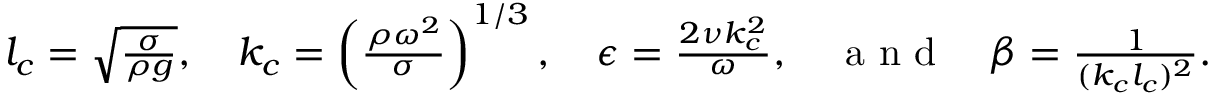
\begin{array} { r } { l _ { c } = \sqrt { \frac { \sigma } { \rho g } } , \quad k _ { c } = \left( \frac { \rho \omega ^ { 2 } } { \sigma } \right) ^ { 1 / 3 } , \quad \epsilon = \frac { 2 \nu k _ { c } ^ { 2 } } { \omega } , \quad \mathrm { ~ a ~ n ~ d ~ } \quad \beta = \frac { 1 } { ( k _ { c } l _ { c } ) ^ { 2 } } . } \end{array}